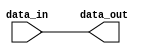
module io_block_compensated_bidirectional_buffer (
    input wire data_in,
    output wire data_out
);

assign data_out = data_in;

endmodule